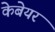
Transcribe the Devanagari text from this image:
केबेयर